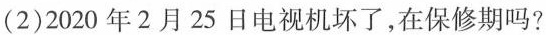
(2)2020年2月25日电视机坏了，在保修期吗?